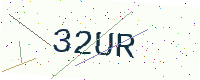
Text: 32UR